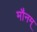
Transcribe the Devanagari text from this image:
मौनम्‌